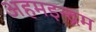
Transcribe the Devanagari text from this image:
अहमइन्द्रम